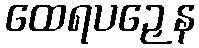
ထေရပဉှေန